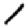
Digit: 1